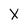
Character: X